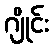
ဂျိုင်း